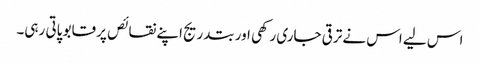
اس لیے اس نے ترقی جاری رکھی اور بتدریج اپنے نقائص پر قابو پاتی رہی۔